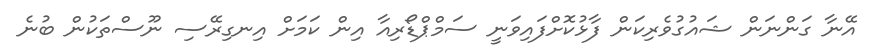
އޭނާ ގަންނަން ޝައުގުވެރިކަން ފާޅުކޮށްފައިވަނީ ސަމްޕްޑޯރިއާ އިން ކަމަށް އިނގިރޭސި ނޫސްތަކުން ބުނެ